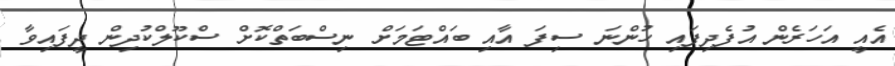
އެއީ އަހަރެން އުފެދިފައި ހުންނަ ސިފަ އާއި ބައްޓަމަށް ނިސްބަތްކޮށް ސްކޫލްކުދިން ދީފައިވާ